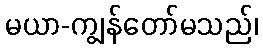
မယာ-ကျွန်တော်မသည်၊